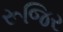
રૂજિર